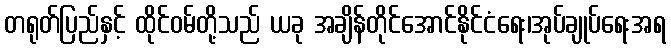
တရုတ်ပြည်နှင့် ထိုင်ဝမ်တို့သည် ယခု အချိန်တိုင်အောင်နိုင်ငံရေး၊အုပ်ချုပ်ရေးအရ